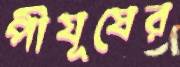
পীযূষের